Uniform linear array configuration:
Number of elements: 12
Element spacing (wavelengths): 0.25
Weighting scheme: hamming
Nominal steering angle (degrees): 60
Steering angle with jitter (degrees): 60.625
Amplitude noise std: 0.05
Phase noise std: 0.05

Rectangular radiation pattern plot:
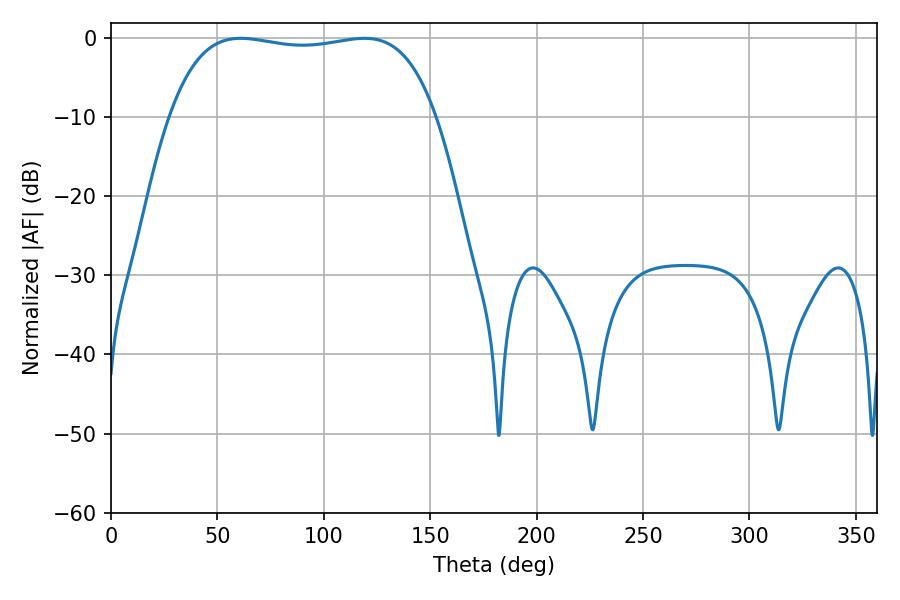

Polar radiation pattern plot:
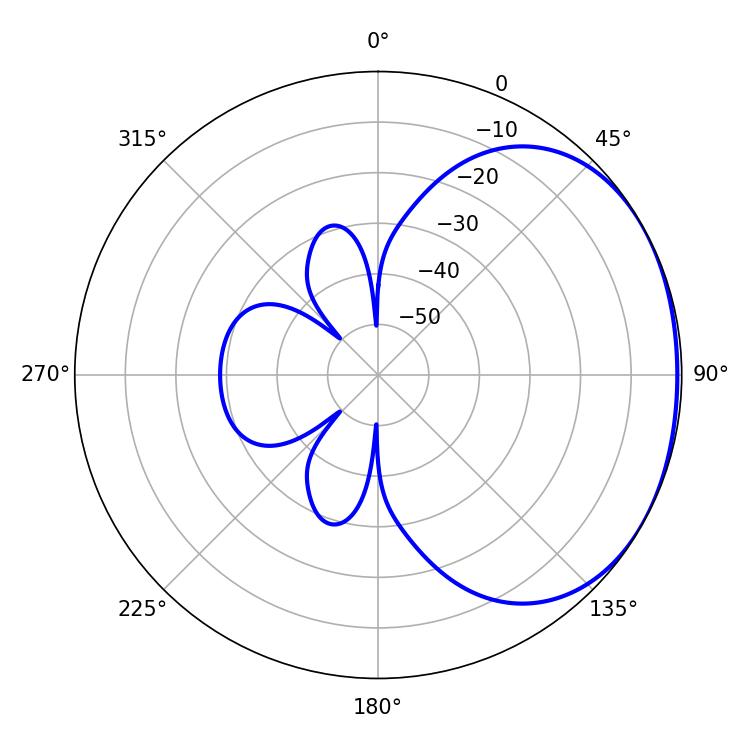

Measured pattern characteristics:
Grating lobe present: FALSE
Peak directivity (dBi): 1.477
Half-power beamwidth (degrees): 100.08
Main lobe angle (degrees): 60.84